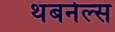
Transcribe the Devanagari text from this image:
थंबनेल्स